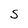
Character: S